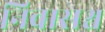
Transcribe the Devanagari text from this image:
निवासश्च